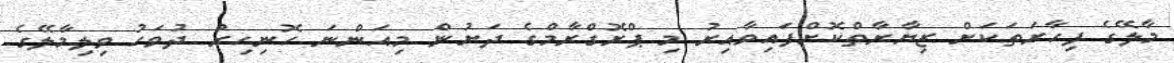
މާލޭގެ ފިހާރަތަކަށް ޒިޔާރާތްކޮށްފައިވާއިރު މި ޕްރޮގްރާމްގެ ދަށުން މިއަންނަ ހޮނިހިރު ދުވަހު ވިލިމާލޭގެ